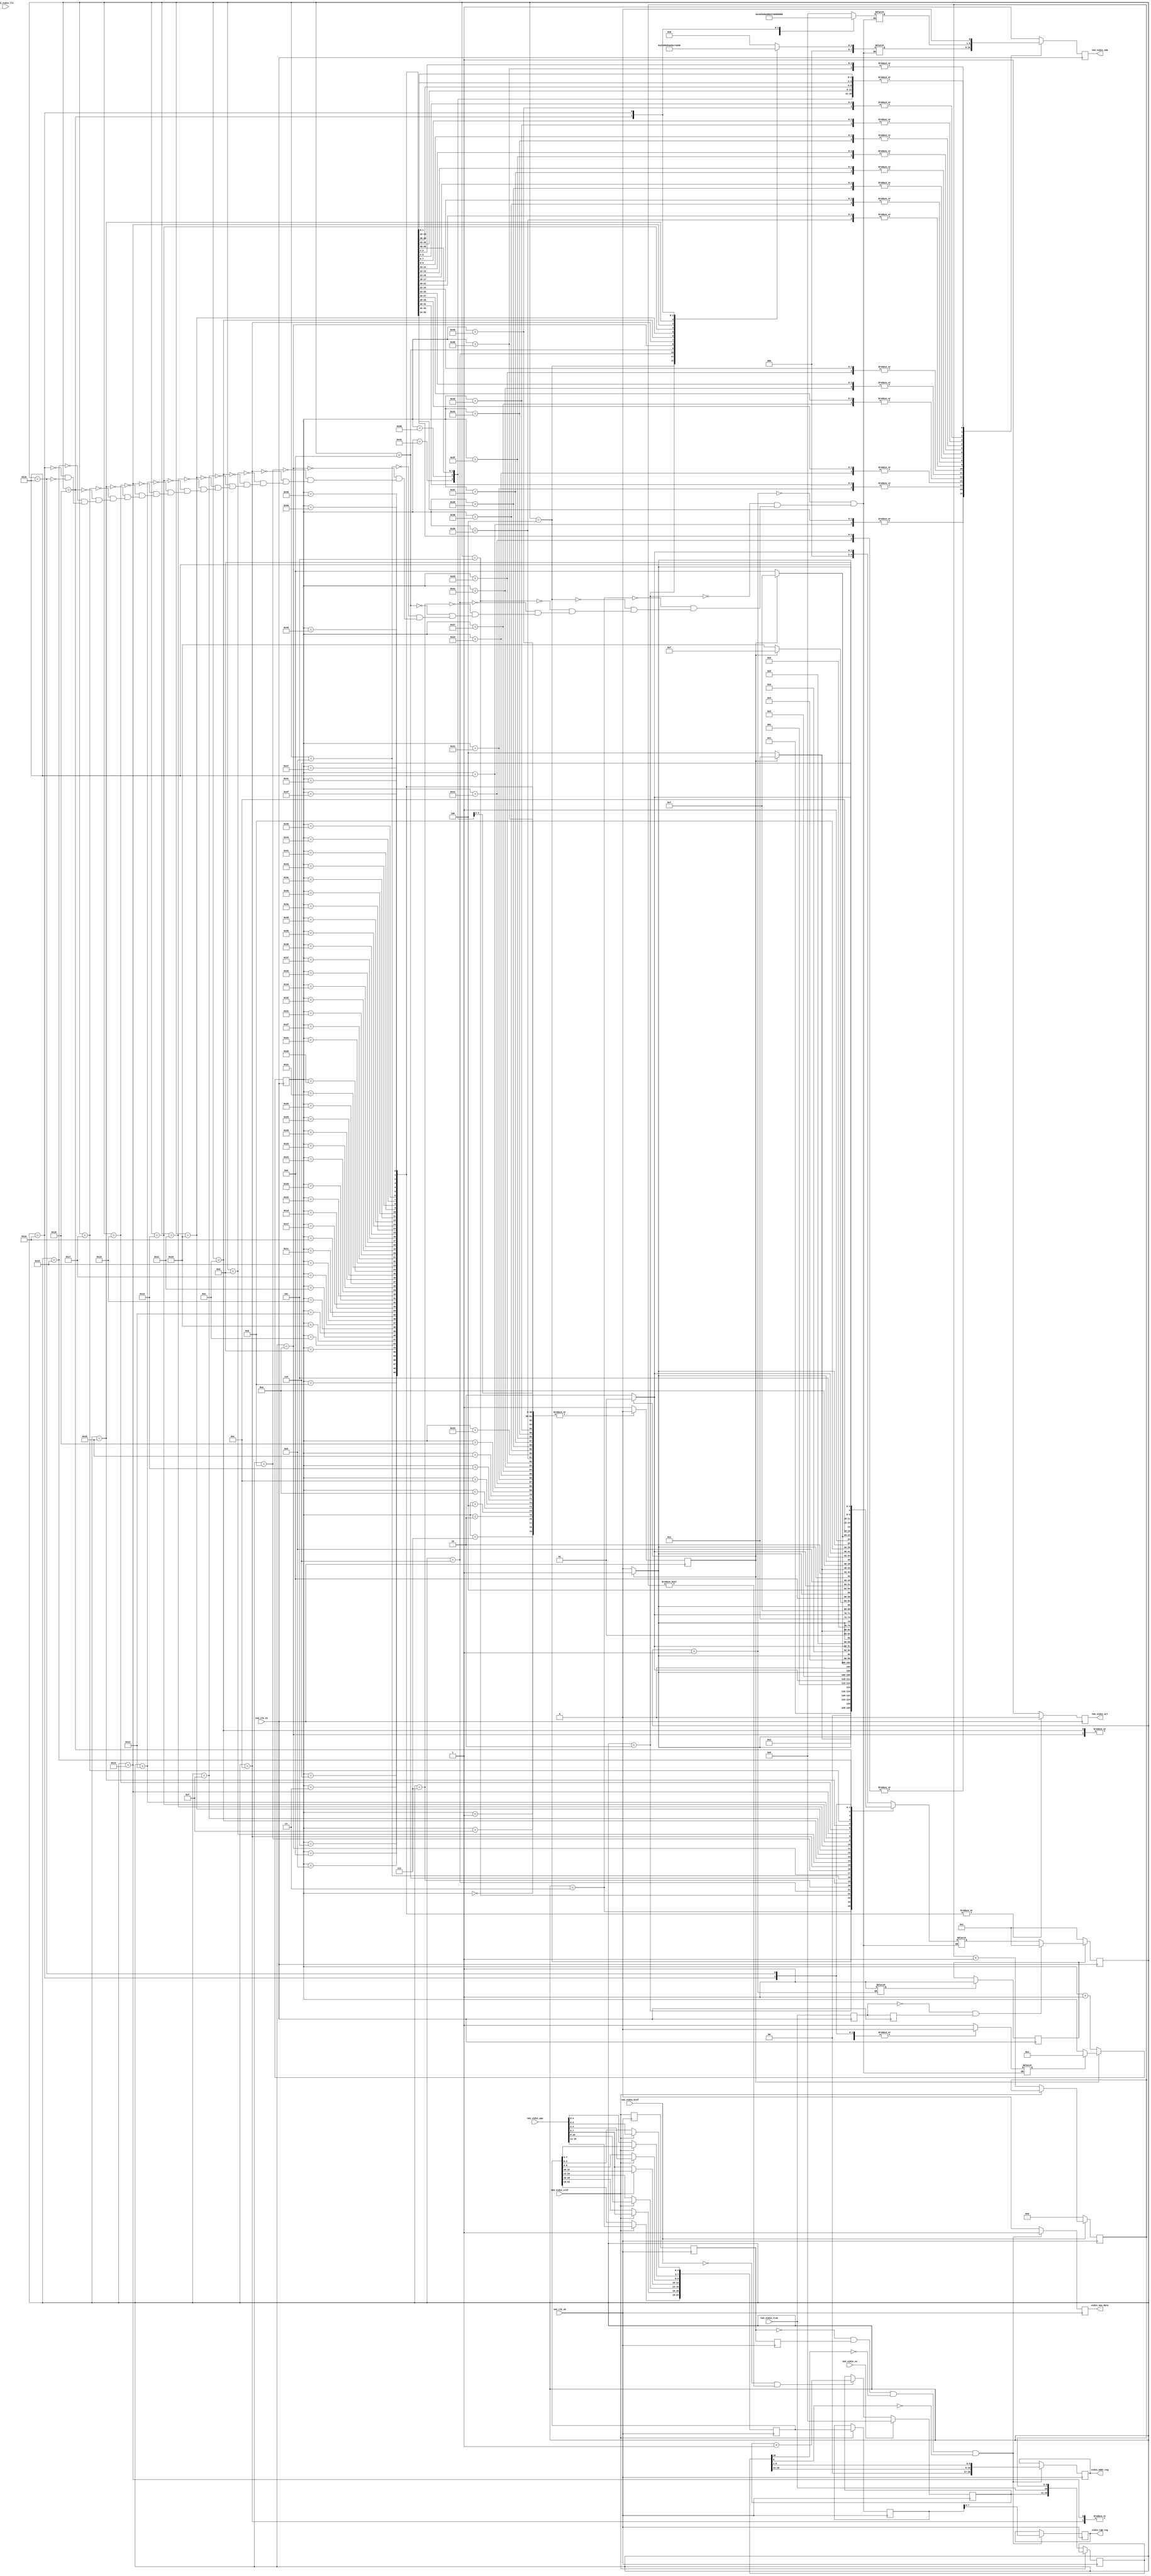
// originally created by Marcus van Ierssel
// modified by Ahmad Darabiha, Feb. 2002
// this circuit receives the rgbvideo  signal
// from video input and send it to chip #2
// for buffring and processing.
module sv_chip3_hierarchy_no_mem (tm3_clk_v0, tm3_clk_v2, tm3_vidin_llc, tm3_vidin_vs, tm3_vidin_href, tm3_vidin_cref, tm3_vidin_rts0, tm3_vidin_vpo, tm3_vidin_sda, tm3_vidin_scl, vidin_new_data, vidin_rgb_reg, vidin_addr_reg);

   input tm3_clk_v0; 
   input tm3_clk_v2; 
   input tm3_vidin_llc; 
   input tm3_vidin_vs; 
   input tm3_vidin_href; 
   input tm3_vidin_cref; 
   input tm3_vidin_rts0; 
   input[15:0] tm3_vidin_vpo; 
   output tm3_vidin_sda; 
   wire tm3_vidin_sda;
   reg tm3_vidin_sda_xhdl0;
   output tm3_vidin_scl; 
   reg tm3_vidin_scl;
   output vidin_new_data; 
   reg vidin_new_data;
   output[7:0] vidin_rgb_reg; 
   reg[7:0] vidin_rgb_reg;
   output[18:0] vidin_addr_reg; 
   reg[18:0] vidin_addr_reg;

   reg temp_reg1; 
   reg temp_reg2; 
   reg[9:0] horiz; 
   reg[7:0] vert; 
   reg creg1; 
   reg creg2; 
   reg creg3; 
   reg[18:0] vidin_addr_reg1; 
   reg[23:0] vidin_rgb_reg1; 
   reg[23:0] vidin_rgb_reg2; 
   parameter[4:0] reg_prog1 = 5'b00001; 
   parameter[4:0] reg_prog2 = 5'b00010; 
   parameter[4:0] reg_prog3 = 5'b00011; 
   parameter[4:0] reg_prog4 = 5'b00100; 
   parameter[4:0] reg_prog5 = 5'b00101; 
   parameter[4:0] reg_prog6 = 5'b00110; 
   parameter[4:0] reg_prog7 = 5'b00111; 
   parameter[4:0] reg_prog8 = 5'b01000; 
   parameter[4:0] reg_prog9 = 5'b01001; 
   parameter[4:0] reg_prog10 = 5'b01010; 
   parameter[4:0] reg_prog11 = 5'b01011; 
   parameter[4:0] reg_prog12 = 5'b01100; 
   parameter[4:0] reg_prog13 = 5'b01101; 
   parameter[4:0] reg_prog14 = 5'b01110; 
   parameter[4:0] reg_prog15 = 5'b01111; 
   parameter[4:0] reg_prog16 = 5'b10000; 
   parameter[4:0] reg_prog17 = 5'b10001; 
   parameter[4:0] reg_prog18 = 5'b10010; 
   parameter[4:0] reg_prog19 = 5'b10011; 
   parameter[4:0] reg_prog20 = 5'b10100; 
   parameter[4:0] reg_prog21 = 5'b10101; 
   parameter[4:0] reg_prog22 = 5'b10110; 
   parameter[4:0] reg_prog23 = 5'b10111; 
   parameter[4:0] reg_prog24 = 5'b11000; 
   parameter[4:0] reg_prog25 = 5'b11001; 
   parameter[4:0] reg_prog26 = 5'b11010; 
   parameter[4:0] reg_prog_end = 5'b11011; 
   reg rst; 
   reg rst_done; 
   reg[7:0] iicaddr; 
   reg[7:0] iicdata; 
//   wire vidin_llc; 
//   wire vidin_llc_int; 
   reg[6:0] iic_state; 
   reg iic_stop;
   reg iic_start;
   reg[4:0] reg_prog_state;
   reg[4:0] reg_prog_nextstate;

   assign tm3_vidin_sda = tm3_vidin_sda_xhdl0;

 //  ibuf ibuf_inst (tm3_vidin_llc, vidin_llc_int); 
//   bufg bufg_inst (vidin_llc_int, vidin_llc); 

   // PAJ double clock is trouble...always @(vidin_llc)
   always @(posedge tm3_clk_v0)
   begin
         if (tm3_vidin_href == 1'b0)
         begin
            horiz <= 10'b0000000000 ; 
         end
         else
         begin
            if (tm3_vidin_cref == 1'b0)
            begin
               horiz <= horiz + 1 ; 
            end 
         end 
         if (tm3_vidin_vs == 1'b1)
         begin
            vert <= 8'b00000000 ; 
         end
         else
         begin
            if ((tm3_vidin_href == 1'b0) & (horiz != 10'b0000000000))
            begin
               vert <= vert + 1 ; 
            end 
         end 
         if (tm3_vidin_cref == 1'b1)
         begin
            vidin_rgb_reg1[23:19] <= tm3_vidin_vpo[15:11] ; 
            vidin_rgb_reg1[15:13] <= tm3_vidin_vpo[10:8] ; 
            vidin_rgb_reg1[18:16] <= tm3_vidin_vpo[7:5] ; 
            vidin_rgb_reg1[9:8] <= tm3_vidin_vpo[4:3] ; 
            vidin_rgb_reg1[2:0] <= tm3_vidin_vpo[2:0] ; 
            vidin_rgb_reg2 <= vidin_rgb_reg1 ; 
         end
         else
         begin
            vidin_rgb_reg1[12:10] <= tm3_vidin_vpo[7:5] ; 
            vidin_rgb_reg1[7:3] <= tm3_vidin_vpo[4:0] ; 
            vidin_addr_reg1 <= {vert, tm3_vidin_rts0, horiz} ; 
         end 
   end 

   always @(posedge tm3_clk_v0)
   begin
         creg1 <= tm3_vidin_cref ; 
         creg2 <= creg1 ; 
         creg3 <= creg2 ; 
         if ((creg2 == 1'b0) & (creg3 == 1'b1) & ((vidin_addr_reg1[10]) == 1'b0) & ((vidin_addr_reg1[0]) == 1'b0))
         begin
            vidin_new_data <= 1'b1 ; 
            vidin_rgb_reg <= vidin_rgb_reg2[7:0] ; 
            vidin_addr_reg <= {({2'b00, vidin_addr_reg1[18:11]}), vidin_addr_reg1[9:1]} ; 
         end
         else
         begin
            vidin_new_data <= 1'b0 ; 
         end 
   end 

   always @(posedge tm3_clk_v2)
   begin
         iic_stop <= 1'b0 ; 
         case (iic_state)
            7'b0000000 :
                     begin
                        tm3_vidin_sda_xhdl0 <= 1'b0 ; 
                        tm3_vidin_scl <= 1'b1 ; 
                     end
            7'b0000001 :
                     begin
                        tm3_vidin_sda_xhdl0 <= 1'b1 ; 
                        tm3_vidin_scl <= 1'b1 ; 
                     end
            7'b0000010 :
                     begin
                        tm3_vidin_sda_xhdl0 <= 1'b0 ; 
                        tm3_vidin_scl <= 1'b1 ; 
                     end
            7'b0000011 :
                     begin
                        tm3_vidin_sda_xhdl0 <= 1'b0 ; 
                        tm3_vidin_scl <= 1'b0 ; 
                     end
            7'b0000100 :
                     begin
                        tm3_vidin_sda_xhdl0 <= 1'b0 ; 
                        tm3_vidin_scl <= 1'b1 ; 
                     end
            7'b0000101 :
                     begin
                        tm3_vidin_sda_xhdl0 <= 1'b0 ; 
                        tm3_vidin_scl <= 1'b0 ; 
                     end
            7'b0000110 :
                     begin
                       tm3_vidin_sda_xhdl0 <= 1'b1 ; 
                        tm3_vidin_scl <= 1'b0 ; 
                     end
            7'b0000111 :
                     begin
                        tm3_vidin_sda_xhdl0 <= 1'b1 ; 
                        tm3_vidin_scl <= 1'b1 ; 
                     end
            7'b0001000 :
                     begin
                        tm3_vidin_sda_xhdl0 <= 1'b1 ; 
                        tm3_vidin_scl <= 1'b0 ; 
                     end
            7'b0001001 :
                     begin
                        tm3_vidin_sda_xhdl0 <= 1'b0 ; 
                        tm3_vidin_scl <= 1'b0 ; 
                     end
            7'b0001010 :
                     begin
                        tm3_vidin_sda_xhdl0 <= 1'b0 ; 
                        tm3_vidin_scl <= 1'b1 ; 
                     end
            7'b0001011 :
                     begin
                        tm3_vidin_sda_xhdl0 <= 1'b0 ; 
                        tm3_vidin_scl <= 1'b0 ; 
                     end
            7'b0001100 :
                     begin
                        tm3_vidin_sda_xhdl0 <= 1'b0 ; 
                        tm3_vidin_scl <= 1'b1 ; 
                     end
            7'b0001101 :
                     begin
                        tm3_vidin_sda_xhdl0 <= 1'b0 ; 
                        tm3_vidin_scl <= 1'b0 ; 
                     end
            7'b0001110 :
                     begin
                        tm3_vidin_sda_xhdl0 <= 1'b1 ; 
                        tm3_vidin_scl <= 1'b0 ; 
                     end
            7'b0001111 :
                     begin
                        tm3_vidin_sda_xhdl0 <= 1'b1 ; 
                        tm3_vidin_scl <= 1'b1 ; 
                     end
            7'b0010000 :
                     begin
                        tm3_vidin_sda_xhdl0 <= 1'b1 ; 
                        tm3_vidin_scl <= 1'b0 ; 
                     end
            7'b0010001 :
                     begin
                        tm3_vidin_sda_xhdl0 <= 1'b0 ; 
                        tm3_vidin_scl <= 1'b0 ; 
                     end
            7'b0010010 :
                     begin
                        tm3_vidin_sda_xhdl0 <= 1'b0 ; 
                        tm3_vidin_scl <= 1'b1 ; 
                     end
            7'b0010011 :
                     begin
                        tm3_vidin_sda_xhdl0 <= 1'b0 ; 
                        tm3_vidin_scl <= 1'b0 ; 

                     end
            7'b0010101 :
                     begin
                        tm3_vidin_sda_xhdl0 <= 1'b0 ; 
                        tm3_vidin_scl <= 1'b0 ; 
                     end
            7'b0010110 :
                     begin
                        tm3_vidin_sda_xhdl0 <= 1'b0 ; 
                        tm3_vidin_scl <= 1'b1 ; 
                     end
            7'b0010111 :
                     begin
                        tm3_vidin_sda_xhdl0 <= 1'b0 ; 
                        tm3_vidin_scl <= 1'b0 ; 
                     end
            7'b0011000 :
                     begin
                        tm3_vidin_sda_xhdl0 <= 1'b0 ; 
                        tm3_vidin_scl <= 1'b1 ; 
                     end
            7'b0011001 :
                     begin
                        tm3_vidin_sda_xhdl0 <= 1'b0 ; 
                        tm3_vidin_scl <= 1'b0 ; 
                     end
            7'b0011010 :
                     begin
                        tm3_vidin_sda_xhdl0 <= iicaddr[7] ; 
                        tm3_vidin_scl <= 1'b0 ; 
                     end
            7'b0011011 :
                     begin
                        tm3_vidin_sda_xhdl0 <= iicaddr[7] ; 
                        tm3_vidin_scl <= 1'b1 ; 
                     end
            7'b0011100 :
                     begin
                        tm3_vidin_sda_xhdl0 <= iicaddr[7] ; 
                        tm3_vidin_scl <= 1'b0 ; 
                     end
            7'b0011101 :
                     begin
                        tm3_vidin_sda_xhdl0 <= iicaddr[6] ; 
                        tm3_vidin_scl <= 1'b0 ; 
                     end
            7'b0011110 :
                     begin
                        tm3_vidin_sda_xhdl0 <= iicaddr[6] ; 
                        tm3_vidin_scl <= 1'b1 ; 
                     end
            7'b0011111 :
                     begin
                        tm3_vidin_sda_xhdl0 <= iicaddr[6] ; 
                        tm3_vidin_scl <= 1'b0 ; 
                     end
            7'b0100000 :
                     begin
                        tm3_vidin_sda_xhdl0 <= iicaddr[5] ; 
                        tm3_vidin_scl <= 1'b0 ; 
                     end
            7'b0100001 :
                     begin
                        tm3_vidin_sda_xhdl0 <= iicaddr[5] ; 
                        tm3_vidin_scl <= 1'b1 ; 
                     end
            7'b0100010 :
                     begin

                       tm3_vidin_sda_xhdl0 <= iicaddr[5] ; 
                        tm3_vidin_scl <= 1'b0 ; 
                     end
            7'b0100011 :
                     begin
                        tm3_vidin_sda_xhdl0 <= iicaddr[4] ; 
                        tm3_vidin_scl <= 1'b0 ; 
                     end
            7'b0100100 :
                     begin
                        tm3_vidin_sda_xhdl0 <= iicaddr[4] ; 
                        tm3_vidin_scl <= 1'b1 ; 
                     end
            7'b0100101 :
                     begin
                        tm3_vidin_sda_xhdl0 <= iicaddr[4] ; 
                        tm3_vidin_scl <= 1'b0 ; 
                     end
            7'b0100110 :
                     begin
                        tm3_vidin_sda_xhdl0 <= iicaddr[3] ; 
                        tm3_vidin_scl <= 1'b0 ; 
                     end
            7'b0100111 :
                     begin
                        tm3_vidin_sda_xhdl0 <= iicaddr[3] ; 
                        tm3_vidin_scl <= 1'b1 ; 
                     end
            7'b0101000 :
                     begin
                        tm3_vidin_sda_xhdl0 <= iicaddr[3] ; 
                        tm3_vidin_scl <= 1'b0 ; 
                     end
            7'b0101001 :
                     begin
                        tm3_vidin_sda_xhdl0 <= iicaddr[2] ; 
                        tm3_vidin_scl <= 1'b0 ; 
                     end
            7'b0101010 :
                     begin
                        tm3_vidin_sda_xhdl0 <= iicaddr[2] ; 
                        tm3_vidin_scl <= 1'b1 ; 
                     end
            7'b0101011 :
                     begin
                        tm3_vidin_sda_xhdl0 <= iicaddr[2] ; 
                        tm3_vidin_scl <= 1'b0 ; 
                     end
            7'b0101100 :
                     begin
                        tm3_vidin_sda_xhdl0 <= iicaddr[1] ; 
                        tm3_vidin_scl <= 1'b0 ; 
                     end
            7'b0101101 :
                     begin
                        tm3_vidin_sda_xhdl0 <= iicaddr[1] ; 
                        tm3_vidin_scl <= 1'b1 ; 
                     end
            7'b0101110 :
                     begin
                        tm3_vidin_sda_xhdl0 <= iicaddr[1] ; 
                        tm3_vidin_scl <= 1'b0 ; 
                     end
            7'b0101111 :
                     begin
                        tm3_vidin_sda_xhdl0 <= iicaddr[0] ; 
                        tm3_vidin_scl <= 1'b0 ; 
                     end
            7'b0110000 :
                     begin
                        tm3_vidin_sda_xhdl0 <= iicaddr[0] ; 
                        tm3_vidin_scl <= 1'b1 ; 
                     end
            7'b0110001 :
                     begin
                        tm3_vidin_sda_xhdl0 <= iicaddr[0] ; 
                        tm3_vidin_scl <= 1'b0 ; 
                     end
            7'b0110010 :
                     begin
                        tm3_vidin_sda_xhdl0 <= 1'b0 ; 
                        tm3_vidin_scl <= 1'b0 ; 
                     end
            7'b0110011 :
                     begin
                        tm3_vidin_sda_xhdl0 <= 1'b0 ; 
                        tm3_vidin_scl <= 1'b1 ; 
                     end
            7'b0110100 :
                     begin
                        tm3_vidin_sda_xhdl0 <= 1'b0 ; 
                        tm3_vidin_scl <= 1'b0 ; 
                     end
            7'b0110101 :
                     begin
                        tm3_vidin_sda_xhdl0 <= iicdata[7] ; 
                        tm3_vidin_scl <= 1'b0 ; 
                     end
            7'b0110110 :
                     begin
                        tm3_vidin_sda_xhdl0 <= iicdata[7] ; 
                        tm3_vidin_scl <= 1'b1 ; 
                     end
            7'b0110111 :
                     begin
                        tm3_vidin_sda_xhdl0 <= iicdata[7] ; 
                        tm3_vidin_scl <= 1'b0 ; 
                     end
            7'b0111000 :
                     begin
                        tm3_vidin_sda_xhdl0 <= iicdata[6] ; 
                        tm3_vidin_scl <= 1'b0 ; 
                     end
            7'b0111001 :
                     begin
                        tm3_vidin_sda_xhdl0 <= iicdata[6] ; 
                        tm3_vidin_scl <= 1'b1 ; 
                     end
            7'b0111010 :
                     begin
                        tm3_vidin_sda_xhdl0 <= iicdata[6] ; 
                        tm3_vidin_scl <= 1'b0 ; 
                     end
            7'b0111011 :
                     begin
                        tm3_vidin_sda_xhdl0 <= iicdata[5] ; 
                        tm3_vidin_scl <= 1'b0 ; 
                     end
            7'b0111100 :
                     begin
                        tm3_vidin_sda_xhdl0 <= iicdata[5] ; 
                        tm3_vidin_scl <= 1'b1 ; 
                     end
             7'b0111101 :
                     begin
                        tm3_vidin_sda_xhdl0 <= iicdata[5] ; 
                        tm3_vidin_scl <= 1'b0 ; 
                     end
            7'b0111110 :
                     begin
                        tm3_vidin_sda_xhdl0 <= iicdata[4] ; 
                        tm3_vidin_scl <= 1'b0 ; 
                     end
            7'b0111111 :
                     begin
                        tm3_vidin_sda_xhdl0 <= iicdata[4] ; 
                        tm3_vidin_scl <= 1'b1 ; 
                     end
            7'b1000000 :
                     begin
                        tm3_vidin_sda_xhdl0 <= iicdata[4] ; 
                        tm3_vidin_scl <= 1'b0 ; 
                     end
            7'b1000001 :
                     begin
                        tm3_vidin_sda_xhdl0 <= iicdata[3] ; 
                        tm3_vidin_scl <= 1'b0 ; 
                     end
            7'b1000010 :
                     begin
                        tm3_vidin_sda_xhdl0 <= iicdata[3] ; 
                        tm3_vidin_scl <= 1'b1 ; 
                     end
            7'b1000011 :
                     begin
                        tm3_vidin_sda_xhdl0 <= iicdata[3] ; 
                        tm3_vidin_scl <= 1'b0 ; 
                     end
            7'b1000100 :
                     begin
                        tm3_vidin_sda_xhdl0 <= iicdata[2] ; 
                        tm3_vidin_scl <= 1'b0 ; 
                     end
            7'b1000101 :
                     begin
                        tm3_vidin_sda_xhdl0 <= iicdata[2] ; 
                        tm3_vidin_scl <= 1'b1 ; 
                     end
            7'b1000110 :
                     begin
                        tm3_vidin_sda_xhdl0 <= iicdata[2] ; 
                        tm3_vidin_scl <= 1'b0 ; 
                     end
            7'b1000111 :
                     begin
                        tm3_vidin_sda_xhdl0 <= iicdata[1] ; 
                        tm3_vidin_scl <= 1'b0 ; 
                     end
            7'b1001000 :
                     begin
                        tm3_vidin_sda_xhdl0 <= iicdata[1] ; 
                        tm3_vidin_scl <= 1'b1 ; 
                     end
            7'b1001001 :
                     begin
                        tm3_vidin_sda_xhdl0 <= iicdata[1] ; 
                        tm3_vidin_scl <= 1'b0 ; 
                     end
            7'b1001010 :
                     begin

                        tm3_vidin_sda_xhdl0 <= iicdata[0] ; 
                        tm3_vidin_scl <= 1'b0 ; 
                     end
            7'b1001011 :
                     begin
                        tm3_vidin_sda_xhdl0 <= iicdata[0] ; 
                        tm3_vidin_scl <= 1'b1 ; 
                     end
            7'b1001100 :
                     begin
                        tm3_vidin_sda_xhdl0 <= iicdata[0] ; 
                        tm3_vidin_scl <= 1'b0 ; 
                     end
            7'b1001101 :
                     begin
                        tm3_vidin_sda_xhdl0 <= 1'b0 ; 
                        tm3_vidin_scl <= 1'b0 ; 
                     end
            7'b1001110 :
                     begin
                        tm3_vidin_sda_xhdl0 <= 1'b0 ; 
                        tm3_vidin_scl <= 1'b1 ; 
                     end
            7'b1001111 :
                     begin
                        tm3_vidin_sda_xhdl0 <= 1'b0 ; 
                        tm3_vidin_scl <= 1'b0 ; 
                     end
            7'b1010000 :
                     begin
                        tm3_vidin_sda_xhdl0 <= 1'b0 ; 
                        tm3_vidin_scl <= 1'b1 ; 
                     end
            7'b1010001 :
                     begin
                        iic_stop <= 1'b1 ; 
                        tm3_vidin_sda_xhdl0 <= 1'b1 ; 
                        tm3_vidin_scl <= 1'b1 ; 
                     end
            default :
                     begin
                        iic_stop <= 1'b1 ; 
                        tm3_vidin_sda_xhdl0 <= 1'b1 ; 
                        tm3_vidin_scl <= 1'b1 ; 
                     end
         endcase 
   end 

   always @(reg_prog_state or iic_stop)
   begin
      case (reg_prog_state)
         reg_prog1 :
                  begin
                     rst_done = 1'b1 ; 
                     iicaddr = 8'b00000000 ; 
                     iicdata = 8'b00000000 ; 
                     iic_start = 1'b1 ; 
                     if (iic_stop == 1'b0)
                     begin
                        reg_prog_nextstate = reg_prog2 ; 
                     end
                     else
                     begin
                        reg_prog_nextstate = reg_prog1 ; 
                     end 

                 end
         reg_prog2 :
                  begin
                     iicaddr = 8'b00000010 ; 
                     iicdata = {5'b11000, 3'b000} ; 
                     iic_start = 1'b0 ; 
                     if (iic_stop == 1'b1)
                     begin
                        reg_prog_nextstate = reg_prog3 ; 
                     end
                     else
                     begin
                        reg_prog_nextstate = reg_prog2 ; 
                     end 
                  end
         reg_prog3 :
                  begin
                     iicaddr = 8'b00000000 ; 
                     iicdata = 8'b00000000 ; 
                     iic_start = 1'b1 ; 
                     if (iic_stop == 1'b0)
                     begin
                        reg_prog_nextstate = reg_prog4 ; 
                     end
                     else
                     begin
                        reg_prog_nextstate = reg_prog3 ; 
                     end 
                  end
         reg_prog4 :
                  begin
                     iicaddr = 8'b00000011 ; 
                     iicdata = 8'b00100011 ; 
                     iic_start = 1'b0 ; 
                     if (iic_stop == 1'b1)
                     begin
                        reg_prog_nextstate = reg_prog5 ; 
                     end
                     else
                     begin
                        reg_prog_nextstate = reg_prog4 ; 
                     end 
                  end
         reg_prog5 :
                  begin
                     iicaddr = 8'b00000000 ; 
                     iicdata = 8'b00000000 ; 
                     iic_start = 1'b1 ; 
                     if (iic_stop == 1'b0)
                     begin
                        reg_prog_nextstate = reg_prog6 ; 
                     end
                     else
                     begin
                        reg_prog_nextstate = reg_prog5 ; 
                     end 
                  end
         reg_prog6 :
                  begin
                     iicaddr = 8'b00000110 ; 
                     iicdata = 8'b11101011 ; 
                     iic_start = 1'b0 ; 
                     if (iic_stop == 1'b1)
                     begin
                        reg_prog_nextstate = reg_prog7 ; 
                     end
                     else
                     begin

                       reg_prog_nextstate = reg_prog6 ; 
                     end 
                  end
         reg_prog7 :
                  begin
                     iicaddr = 8'b00000000 ; 
                     iicdata = 8'b00000000 ; 
                     iic_start = 1'b1 ; 
                     if (iic_stop == 1'b0)
                     begin
                        reg_prog_nextstate = reg_prog8 ; 
                     end
                     else
                     begin
                        reg_prog_nextstate = reg_prog7 ; 
                     end 
                  end
         reg_prog8 :
                  begin
                     iicaddr = 8'b00000111 ; 
                     iicdata = 8'b11100000 ; 
                     iic_start = 1'b0 ; 
                     if (iic_stop == 1'b1)
                     begin
                        reg_prog_nextstate = reg_prog9 ; 
                     end
                     else
                     begin
                        reg_prog_nextstate = reg_prog8 ; 
                     end 
                  end
         reg_prog9 :
                  begin
                     iicaddr = 8'b00000000 ; 
                     iicdata = 8'b00000000 ; 
                     iic_start = 1'b1 ; 
                     if (iic_stop == 1'b0)
                     begin
                        reg_prog_nextstate = reg_prog10 ; 
                     end
                     else
                     begin
                        reg_prog_nextstate = reg_prog9 ; 
                     end 
                  end
         reg_prog10 :
                  begin
                     iicaddr = 8'b00001000 ; 
                     iicdata = 8'b10000000 ; 
                     iic_start = 1'b0 ; 
                     if (iic_stop == 1'b1)
                     begin
                        reg_prog_nextstate = reg_prog11 ; 
                     end
                     else
                     begin
                        reg_prog_nextstate = reg_prog10 ; 
                     end 
                  end
         reg_prog11 :
                  begin
                     iicaddr = 8'b00000000 ; 
                     iicdata = 8'b00000000 ; 
                     iic_start = 1'b1 ; 
                     if (iic_stop == 1'b0)
                     begin
                        reg_prog_nextstate = reg_prog12 ; 
                     end

                    else
                     begin
                        reg_prog_nextstate = reg_prog11 ; 
                     end 
                  end
         reg_prog12 :
                  begin
                     iicaddr = 8'b00001001 ; 
                     iicdata = 8'b00000001 ; 
                     iic_start = 1'b0 ; 
                     if (iic_stop == 1'b1)
                     begin
                        reg_prog_nextstate = reg_prog13 ; 
                     end
                     else
                     begin
                        reg_prog_nextstate = reg_prog12 ; 
                     end 
                  end
         reg_prog13 :
                  begin
                     iicaddr = 8'b00000000 ; 
                     iicdata = 8'b00000000 ; 
                     iic_start = 1'b1 ; 
                     if (iic_stop == 1'b0)
                     begin
                        reg_prog_nextstate = reg_prog14 ; 
                     end
                     else
                     begin
                        reg_prog_nextstate = reg_prog13 ; 
                     end 
                  end
         reg_prog14 :
                  begin
                     iicaddr = 8'b00001010 ; 
                     iicdata = 8'b10000000 ; 
                     iic_start = 1'b0 ; 
                     if (iic_stop == 1'b1)
                     begin
                        reg_prog_nextstate = reg_prog15 ; 
                     end
                     else
                     begin
                        reg_prog_nextstate = reg_prog14 ; 
                     end 
                  end
         reg_prog15 :
                  begin
                     iicaddr = 8'b00000000 ; 
                     iicdata = 8'b00000000 ; 
                     iic_start = 1'b1 ; 
                     if (iic_stop == 1'b0)
                     begin
                        reg_prog_nextstate = reg_prog16 ; 
                     end
                     else
                     begin
                        reg_prog_nextstate = reg_prog15 ; 
                     end 
                  end
         reg_prog16 :
                  begin
                     iicaddr = 8'b00001011 ; 
                     iicdata = 8'b01000111 ; 
                     iic_start = 1'b0 ; 
                     if (iic_stop == 1'b1)

                    begin
                        reg_prog_nextstate = reg_prog17 ; 
                     end
                     else
                     begin
                        reg_prog_nextstate = reg_prog16 ; 
                     end 
                  end
         reg_prog17 :
                  begin
                     iicaddr = 8'b00000000 ; 
                     iicdata = 8'b00000000 ; 
                     iic_start = 1'b1 ; 
                     if (iic_stop == 1'b0)
                     begin
                        reg_prog_nextstate = reg_prog18 ; 
                     end
                     else
                     begin
                        reg_prog_nextstate = reg_prog17 ; 
                     end 
                  end
         reg_prog18 :
                  begin
                     iicaddr = 8'b00001100 ; 
                     iicdata = 8'b01000000 ; 
                     iic_start = 1'b0 ; 
                     if (iic_stop == 1'b1)
                     begin
                        reg_prog_nextstate = reg_prog19 ; 
                     end
                     else
                     begin
                        reg_prog_nextstate = reg_prog18 ; 
                     end 
                  end
         reg_prog19 :
                  begin
                     iicaddr = 8'b00000000 ; 
                     iicdata = 8'b00000000 ; 
                     iic_start = 1'b1 ; 
                     if (iic_stop == 1'b0)
                     begin
                        reg_prog_nextstate = reg_prog20 ; 
                     end
                     else
                     begin
                        reg_prog_nextstate = reg_prog19 ; 
                     end 
                  end
         reg_prog20 :
                  begin
                     iicaddr = 8'b00001110 ; 
                     iicdata = 8'b00000001 ; 
                     iic_start = 1'b0 ; 
                     if (iic_stop == 1'b1)
                     begin
                        reg_prog_nextstate = reg_prog21 ; 
                     end
                     else
                     begin
                        reg_prog_nextstate = reg_prog20 ; 
                     end 
                  end
         reg_prog21 :
                  begin
                      iicaddr = 8'b00000000 ; 
                     iicdata = 8'b00000000 ; 
                     iic_start = 1'b1 ; 
                     if (iic_stop == 1'b0)
                     begin
                        reg_prog_nextstate = reg_prog22 ; 
                     end
                     else
                     begin
                        reg_prog_nextstate = reg_prog21 ; 
                     end 
                  end
         reg_prog22 :
                  begin
                     iicaddr = 8'b00010000 ; 
                     iicdata = 8'b00000000 ; 
                     iic_start = 1'b0 ; 
                     if (iic_stop == 1'b1)
                     begin
                        reg_prog_nextstate = reg_prog23 ; 
                     end
                     else
                     begin
                        reg_prog_nextstate = reg_prog22 ; 
                     end 
                  end
         reg_prog23 :
                  begin
                     iicaddr = 8'b00000000 ; 
                     iicdata = 8'b00000000 ; 
                     iic_start = 1'b1 ; 
                     if (iic_stop == 1'b0)
                     begin
                        reg_prog_nextstate = reg_prog24 ; 
                     end
                     else
                     begin
                        reg_prog_nextstate = reg_prog23 ; 
                     end 
                  end
         reg_prog24 :
                  begin
                     iicaddr = 8'b00010001 ; 
                     iicdata = 8'b00011100 ; 
                     iic_start = 1'b0 ; 
                     if (iic_stop == 1'b1)
                     begin
                        reg_prog_nextstate = reg_prog25 ; 
                     end
                     else
                     begin
                        reg_prog_nextstate = reg_prog24 ; 
                     end 
                  end
         reg_prog25 :
                  begin
                     iicaddr = 8'b00000000 ; 
                     iicdata = 8'b00000000 ; 
                     iic_start = 1'b1 ; 
                     if (iic_stop == 1'b0)
                     begin
                        reg_prog_nextstate = reg_prog26 ; 
                     end
                     else
                     begin
                        reg_prog_nextstate = reg_prog25 ; 
                     end 
                  end
         reg_prog26 :
                  begin
                     iicaddr = 8'b00010010 ; 
                     iicdata = 8'b00001001 ; 
                     iic_start = 1'b0 ; 
                     if (iic_stop == 1'b1)
                     begin
                        reg_prog_nextstate = reg_prog_end ; 
                     end
                     else
                     begin
                        reg_prog_nextstate = reg_prog26 ; 
                     end 
                  end
         reg_prog_end :
                  begin
                     iicaddr = 8'b00000000 ; 
                     iicdata = 8'b00000000 ; 
                     iic_start = 1'b0 ; 
                     reg_prog_nextstate = reg_prog_end ; 
                  end
      endcase 
   end 

   always @(posedge tm3_clk_v2)
   begin
         if (rst_done == 1'b1)
         begin
            rst <= 1'b1 ; 
         end 
         temp_reg1 <= tm3_vidin_rts0 ; 
         temp_reg2 <= temp_reg1 ; 
         if (rst == 1'b0)
         begin
            reg_prog_state <= reg_prog1 ; 
         end
         else if ((temp_reg1 == 1'b0) & (temp_reg2 == 1'b1))
         begin
            reg_prog_state <= reg_prog1 ; 
         end
         else
         begin
            reg_prog_state <= reg_prog_nextstate ; 
         end 
         if (iic_stop == 1'b0)
         begin
            iic_state <= iic_state + 1 ; 
         end
         else if (iic_start == 1'b1)
         begin
            iic_state <= 7'b0000001 ; 
         end 
   end 
endmodule